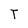
Character: T